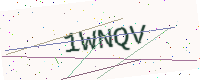
Text: 1WNQV